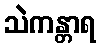
သဲကန္တာရ